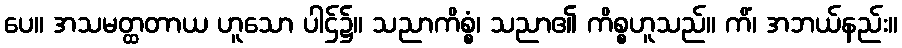
ပေ။ အသမတ္ထတာယ ဟူသော ပါဌ်၌။ သညာကိစ္စံ၊ သညာ၏ ကိစ္စဟူသည်။ ကိံ၊ အဘယ်နည်း။